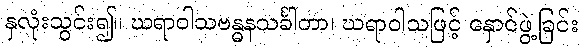
နှလုံးသွင်း၍။ ဃရာဝါသဗန္ဓနသင်္ခါတာ၊ ဃရာဝါသဖြင့် နှောင်ဖွဲ့ခြင်း